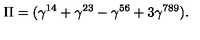
\Pi = ( \gamma ^ { 1 4 } + \gamma ^ { 2 3 } - \gamma ^ { 5 6 } + 3 \gamma ^ { 7 8 9 } ) .